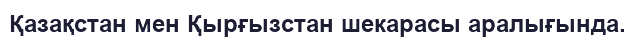
Қазақстан мен Қырғызстан шекарасы аралығында.